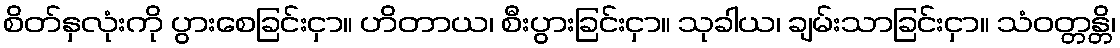
စိတ်နှလုံးကို ပွားစေခြင်းငှာ။ ဟိတာယ၊ စီးပွားခြင်းငှာ။ သုခါယ၊ ချမ်းသာခြင်းငှာ။ သံဝတ္တန္တိ၊